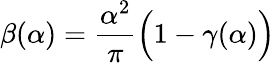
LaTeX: \beta(\alpha)=\frac{\alpha^{2}}{\pi}\Big(1-\gamma(\alpha)\Big)